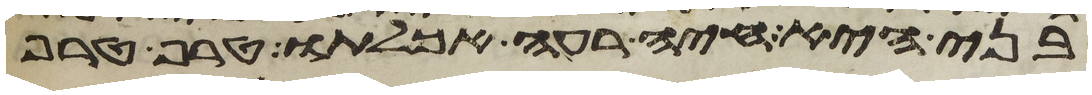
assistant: בני היא חיה רעה אכלתו טרף טרף